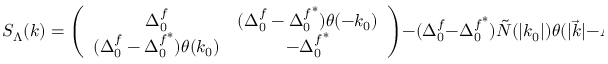
S _ { \Lambda } ( k ) = \left( \begin{array} { c c } { { \Delta _ { 0 } ^ { f } } } & { { ( \Delta _ { 0 } ^ { f } - { \Delta _ { 0 } ^ { f } } ^ { * } ) \theta ( - k _ { 0 } ) } } \\ { { ( \Delta _ { 0 } ^ { f } - { \Delta _ { 0 } ^ { f } } ^ { * } ) \theta ( k _ { 0 } ) } } & { { - { \Delta _ { 0 } ^ { f } } ^ { * } } } \end{array} \right) - ( \Delta _ { 0 } ^ { f } - { \Delta _ { 0 } ^ { f } } ^ { * } ) \tilde { N } ( | k _ { 0 } | ) \theta ( | \vec { k } | - \Lambda ) \left( \begin{array} { c c } { { 1 } } & { { 1 } } \\ { { 1 } } & { { 1 } } \end{array} \right)